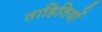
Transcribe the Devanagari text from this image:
ताहितियों